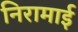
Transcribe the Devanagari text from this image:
निरामाई